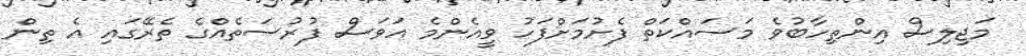
މަޖިލިސް އިންތިހާބުވެ މަސައްކަތް ފެށުމަށްފަހު ވީއެންމެ އަވަސް ފުރުސަތެއްގެ ތެރޭގައި އެ ތިން